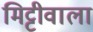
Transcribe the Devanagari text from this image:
मिट्टीवाला